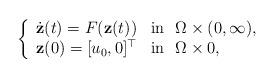
LaTeX: \begin{align*}\left\{\begin{array}{ll}\dot{\mathbf{z}}(t) = F(\mathbf{z}(t)) & \textmd{in } \ \Omega \times (0,\infty),\\\mathbf{z}(0) = [u_0,0]^\top & \textmd{in } \ \Omega \times 0,\end{array}\right.\end{align*}